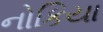
નોકિયા